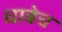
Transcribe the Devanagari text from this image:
धाबेच